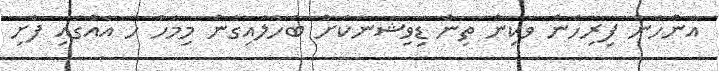
އަންހެން ފިރިހެން ވަކިން ތިން ޑިވިޝަނަކަށް ބަހާލައިގެން މިމަހު ހަ އެއްގައި ފެށި